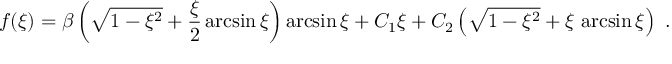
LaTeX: f ( \xi ) = \beta \left( \sqrt { 1 - \xi ^ { 2 } } + { \frac { \xi } { 2 } } \arcsin \xi \right) \arcsin \xi + C _ { 1 } \xi + C _ { 2 } \left( \sqrt { 1 - \xi ^ { 2 } } + \xi \, \arcsin \xi \right) \ .